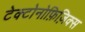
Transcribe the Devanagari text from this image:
टेक्टोनोफ़िज़िक्स